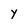
Character: Y